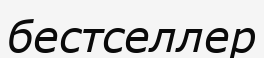
бестселлер